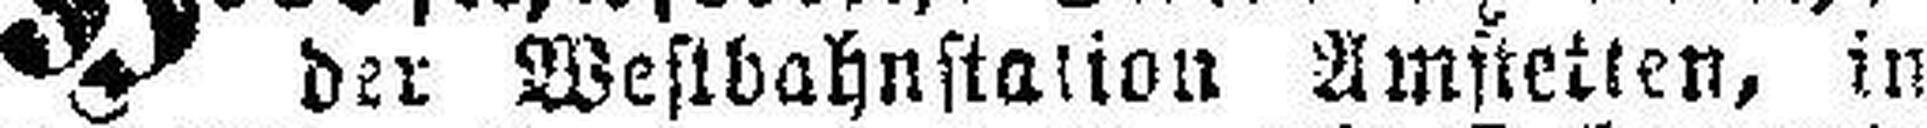
der Westbahnstation Amstetten, in